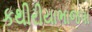
કથીરીયાભાજપા